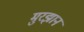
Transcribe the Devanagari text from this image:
मुरझान